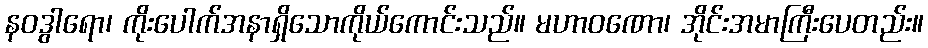
နဝဒွါရော၊ ကိုးပေါက်အနာရှိသောကိုယ်ကောင်းသည်။ မဟာဝဏော၊ အိုင်းအမာကြီးပေတည်း။